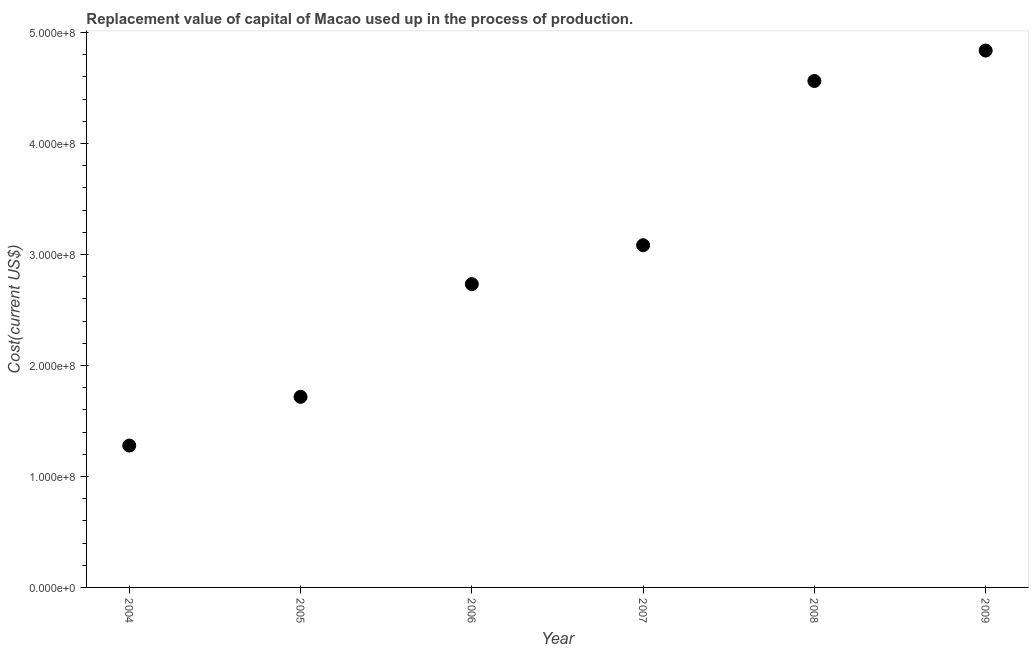
| Year | Consumption of fixed capital |
 | --- | --- |
 | 2004 | 1.28e+08 |
 | 2005 | 1.72e+08 |
 | 2006 | 2.73e+08 |
 | 2007 | 3.08e+08 |
 | 2008 | 4.56e+08 |
 | 2009 | 4.84e+08 |